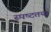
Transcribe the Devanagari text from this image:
स्‍पष्‍टतया